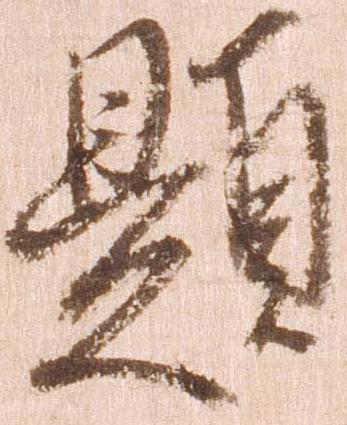
題